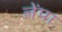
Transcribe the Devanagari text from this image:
लेंपा